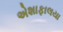
એશાફાલયા